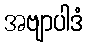
အဗျာပါဒံ